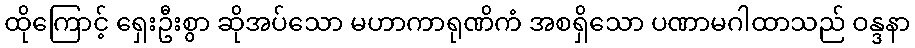
ထိုကြောင့် ရှေးဦးစွာ ဆိုအပ်သော မဟာကာရုဏိကံ အစရှိသော ပဏာမဂါထာသည် ဝန္ဒနာ